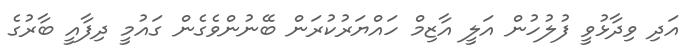
އަދި ވިދާޅުވީ ފުލުހުން އަލީ އާޒިމް ހައްޔަރުކުރަން ބޭނުންވެގެން ގައުމީ ދިފާއީ ބާރުގެ